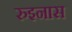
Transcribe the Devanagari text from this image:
रुइनास